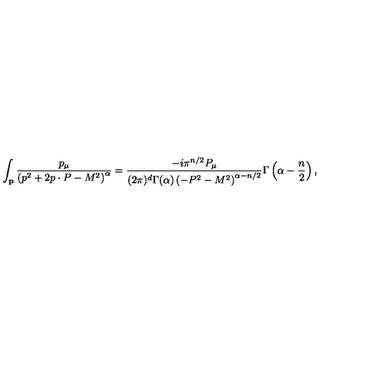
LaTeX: \int _ { { \bf p } } \frac { p _ { \mu } } { \left( p ^ { 2 } + 2 p \cdot P - M ^ { 2 } \right) ^ { \alpha } } = \frac { - i \pi ^ { n / 2 } P _ { \mu } } { ( 2 \pi ) ^ { d } \Gamma ( \alpha ) \left( - P ^ { 2 } - M ^ { 2 } \right) ^ { \alpha - n / 2 } } \Gamma \left( \alpha - \frac { n } { 2 } \right) ,